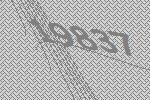
19837